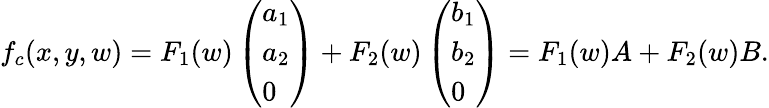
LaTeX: \begin{array}{r}{f_{c}({x},{y},{w})=F_{1}({w})\left(\begin{array}{l}{{a}_{1}}\\ {{a}_{2}}\\ {0}\end{array}\right)+F_{2}({w})\left(\begin{array}{l}{{b}_{1}}\\ {{b}_{2}}\\ {0}\end{array}\right)=F_{1}({w}){A}+F_{2}({w}){B}.}\end{array}